Lunatic asylums Central Provinces reports 1910-1926 - 1910-1926
Year: 1910
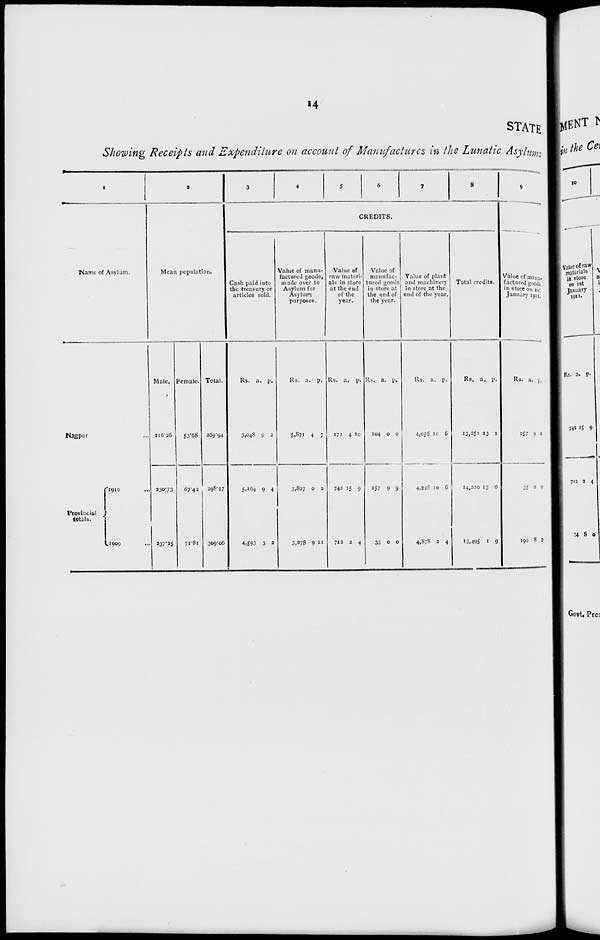
14
STATE
Showing Receipts and Expenditure on account of Manufactures in the Lunatic Asylums
1
Name of Asylum.
Nagpur ...
Provincial
totals.
1910 ...
1909 ...
2
Mean population.
Male.
216.26
230.73
237.25
Female.
53.68
67.42
71.81
Total.
269.94
298.17
309.06
3
4
5
6
7
8
CREDITS.
Cash paid into
the treasury or
articles sold.
Rs.
3,048
5,164
4,593
a.
9
9
3
p.
2
4
2
Value of manu-
factured goods,
made over to
Asylum for
Asylum
purposes.
Rs.
5,871
3,827
3,278
a.
4
0
9
p.
7
2
11
Value of
raw materi-
als in store
at the end
of the
year.
Rs.
171
742
712
a.
4
15
2
p.
10
9
4
Value of
manufac-
tured goods
in store at
the end of
the year.
Rs.
104
257
33
a.
0
9
0
p.
0
9
0
Value of plant
and machinery
in store at the
end of the year.
Rs.
4,056
4,228
4,878
a.
10
10
2
p.
6
6
4
Total credits.
Rs.
13,251
14,220
13,495
a.
13
13
1
p.
1
6
9
9
Value of manu-
factured goods
in store on 1st
January 1911.
Rs.
257
35
190
a.
9
0
8
p.
0
0
0